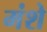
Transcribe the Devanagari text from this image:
मंशे